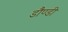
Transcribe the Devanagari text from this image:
डौण्डी